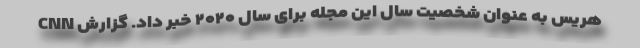
هریس به عنوان شخصیت سال این مجله برای سال ۲۰۲۰ خبر داد. گزارش CNN